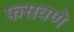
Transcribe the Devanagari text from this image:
फसवणे